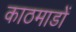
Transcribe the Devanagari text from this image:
काठमाडों